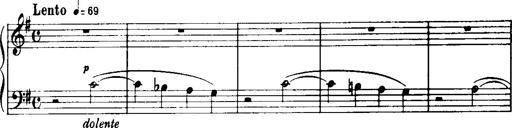
Title: Historische ungarische Bildnisse
Composer: Franz Liszt